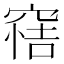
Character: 𥦿